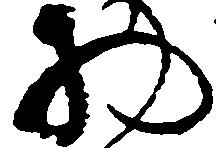
物